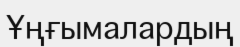
Ұңғымалардың